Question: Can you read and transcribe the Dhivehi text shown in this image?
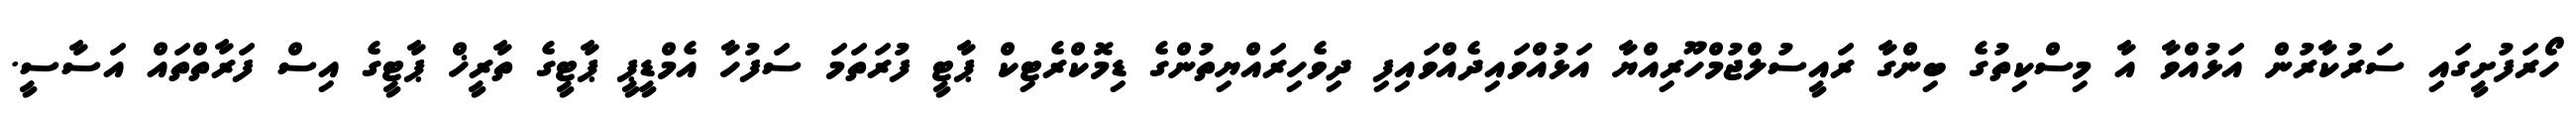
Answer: ހޯރަފުށީގައި ސަރުކާރުން އަޅުއްވާ އާ މިސްކިތުގެ ބިންގާ ރައީސުލްޖުމްހޫރިއްޔާ އަޅުއްވައިދެއްވައިފި ދިވެހިރައްޔިތުންގެ ޑިމޮކްރެޓިކް ޕާޓީ ފުރަތަމަ ސަފުހާ އެމްޑީޕީ ޕާޓީގެ ތާރީޚް ޕާޓީގެ އިސް ފަރާތްތައް އަސާސީ.